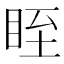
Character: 眰